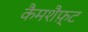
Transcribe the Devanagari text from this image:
कैमशैफ़्ट